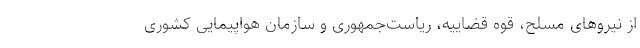
از نیروهای مسلح، قوه قضاییه، ریاست‌جمهوری و سازمان هواپیمایی کشوری